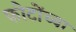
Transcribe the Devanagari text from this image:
फोटोंच्या